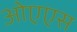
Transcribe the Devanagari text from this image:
ओएएस